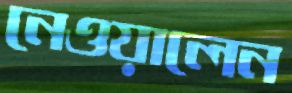
নেওয়ালেন